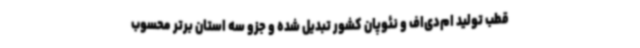
قطب تولید ام‌دی‌اف و نئوپان کشور تبدیل شده و جزو سه استان برتر محسوب